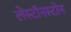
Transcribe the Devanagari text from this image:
लेस्टॉनस्टोन